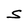
Character: S